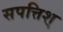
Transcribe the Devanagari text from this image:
सपत्तिश्